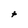
Character: t